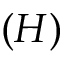
( H )